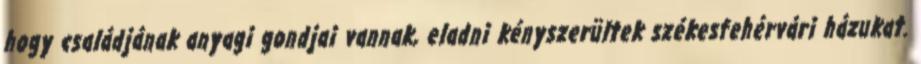
hogy családjának anyagi gondjai vannak, eladni kényszerültek székesfehérvári házukat.